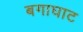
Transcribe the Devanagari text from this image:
बगाघाट